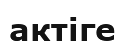
актіге